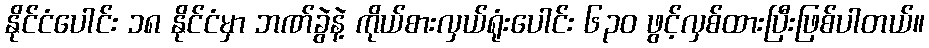
နိုင်ငံပေါင်း ၁၈ နိုင်ငံမှာ ဘဏ်ခွဲနဲ့ ကိုယ်စားလှယ်ရုံးပေါင်း ၆၃၀ ဖွင့်လှစ်ထားပြီးဖြစ်ပါတယ်။